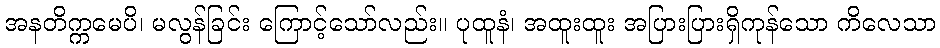
အနတိက္ကမေပိ၊ မလွန်ခြင်း ကြောင့်သော်လည်း။ ပုထူနံ၊ အထူးထူး အပြားပြားရှိကုန်သော ကိလေသာ